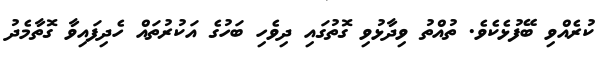
ކުރެއްވި ބޭފުޅެކެވެ. ތުއްތު ވިދާޅުވި ގޮތުގައި ދިވެހި ބަހުގެ އަކުރުތައް ހެދިފައިވާ ގޮތާމެދު